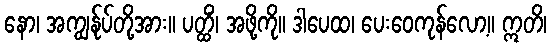
နော၊ အကျွန်ုပ်တို့အား။ ပတ္ထိံ၊ အဖို့ကို။ ဒါပေထ၊ ပေးဝေကုန်လော့။ ဣတိ၊